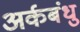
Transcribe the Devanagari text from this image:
अर्कबंधु